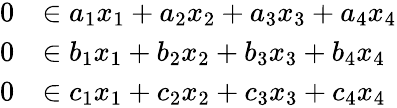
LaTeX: \begin{array}{rl}{0}&{\in a_{1}x_{1}+a_{2}x_{2}+a_{3}x_{3}+a_{4}x_{4}}\\ {0}&{\in b_{1}x_{1}+b_{2}x_{2}+b_{3}x_{3}+b_{4}x_{4}}\\ {0}&{\in c_{1}x_{1}+c_{2}x_{2}+c_{3}x_{3}+c_{4}x_{4}}\end{array}